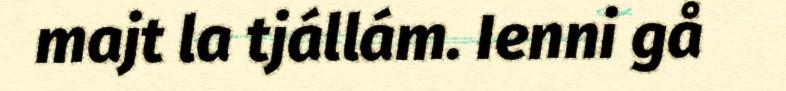
majt la tjállám. Ienni gå